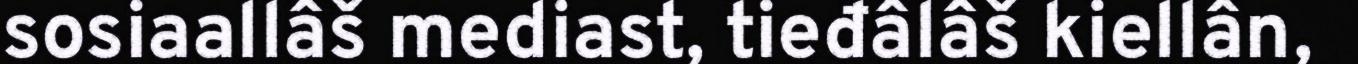
sosiaallâš mediast, tieđâlâš kiellân,